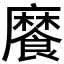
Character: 𩞁